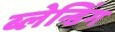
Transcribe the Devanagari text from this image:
ब्लेन्डिंग